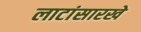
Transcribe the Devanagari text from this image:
लाटांसारखे